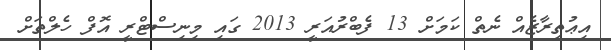
އިޢުތިރާޒެއް ނެތް ކަމަށް 13 ފެބްރުއަރީ 2013 ގައި މިނިސްޓްރީ އޮފް ހެލްތަށް